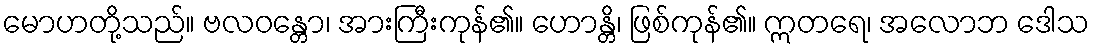
မောဟတို့သည်။ ဗလဝန္တော၊ အားကြီးကုန်၏။ ဟောန္တိ၊ ဖြစ်ကုန်၏။ ဣတရေ၊ အလောဘ ဒေါသ